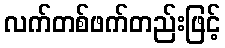
လက်တစ်ဖက်တည်းဖြင့်